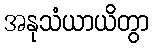
အနုသံယာယိတွာ